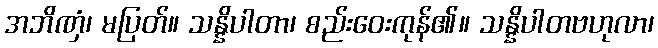
အဘိဏှံ၊ မပြတ်။ သန္နိပါတာ၊ စည်းဝေးကုန်၏။ သန္နိပါတဗဟုလာ၊